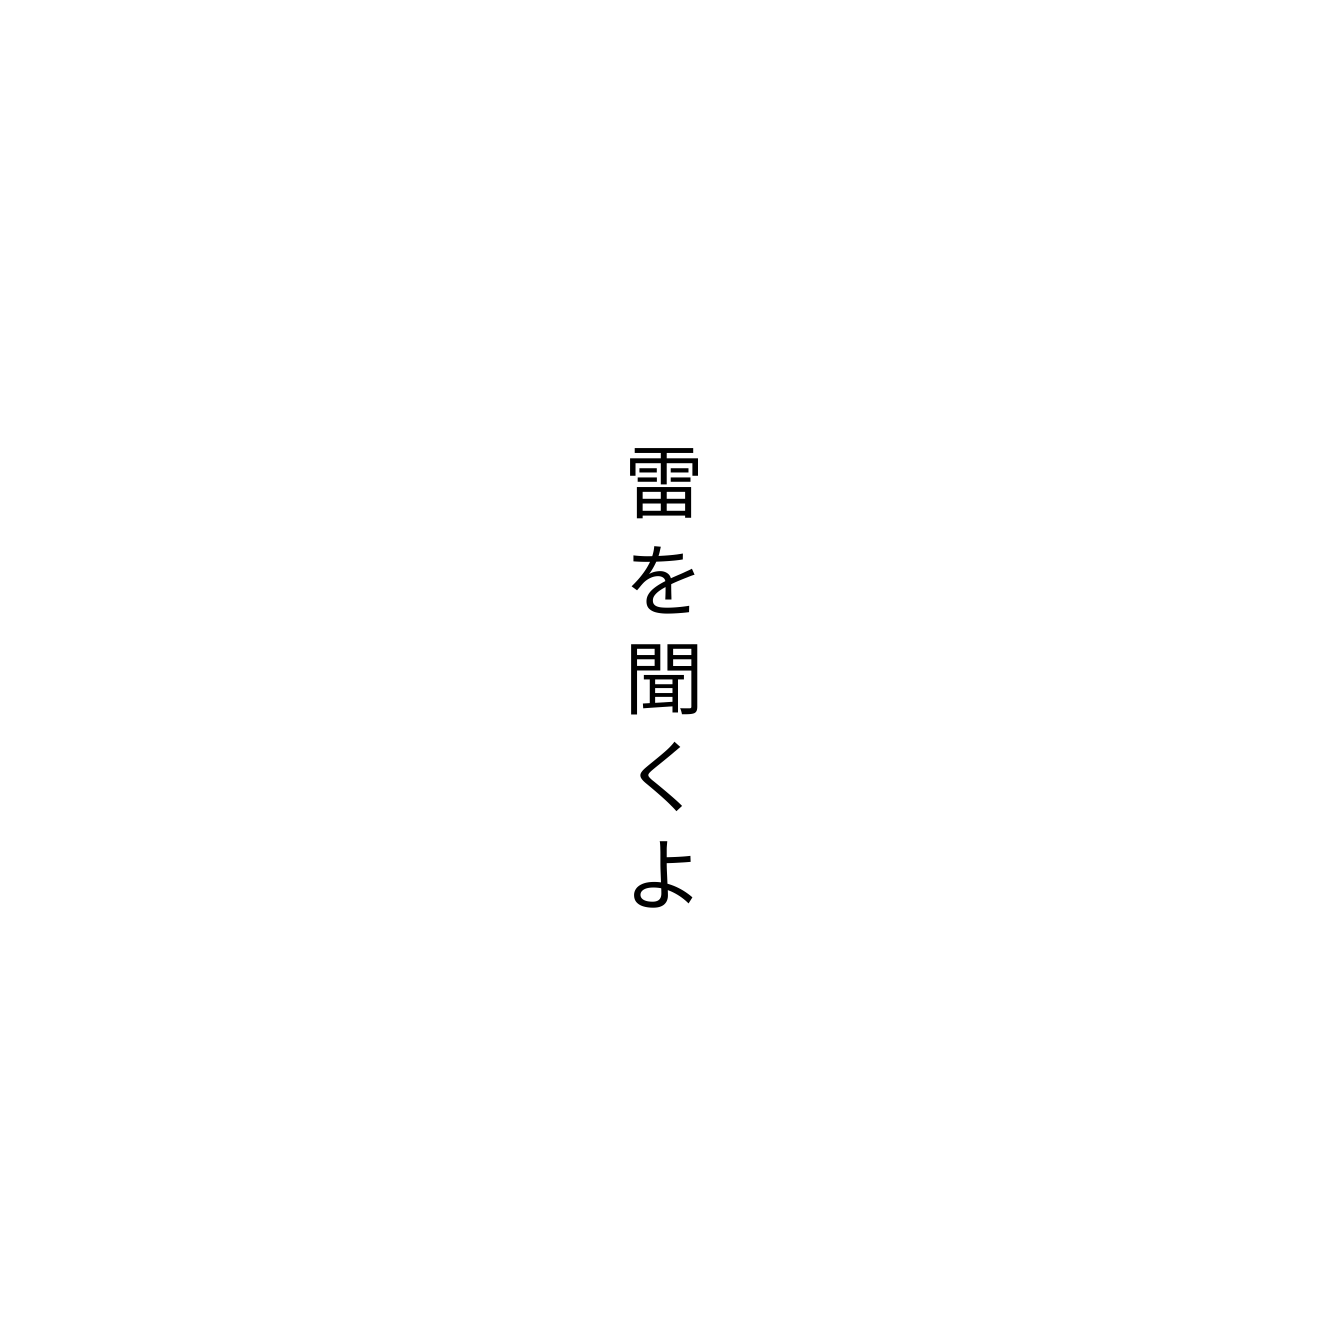
雷を聞くよ